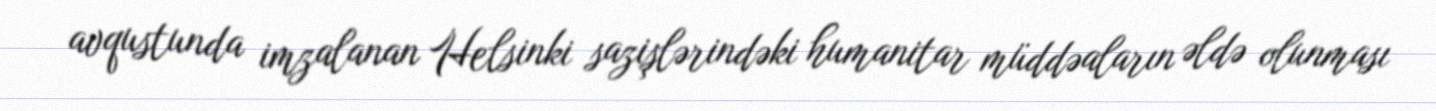
avqustunda imzalanan Helsinki sazişlərindəki humanitar müddəaların əldə olunması